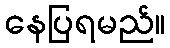
နေပြရမည်။